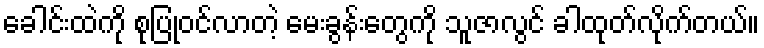
ခေါင်းထဲကို စုပြုံဝင်လာတဲ့ မေးခွန်းတွေကို သူဇာလွင် ခါထုတ်လိုက်တယ်။